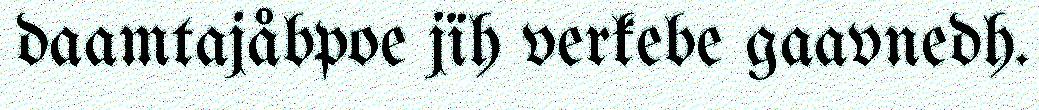
daamtajåbpoe jïh verkebe gaavnedh.